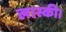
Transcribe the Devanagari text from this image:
लास्की।